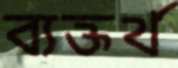
ব্যক্তর্থ